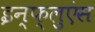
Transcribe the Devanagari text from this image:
इन्फ्लुएंस